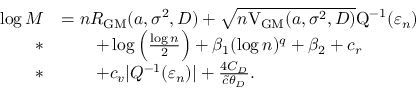
\begin{array} { r l } { \log M } & { = n R _ { \mathrm { { G M } } } ( a , \sigma ^ { 2 } , D ) + \sqrt { n \mathrm { V } _ { \mathrm { G M } } ( a , \sigma ^ { 2 } , D ) } \mathrm { Q } ^ { - 1 } ( \varepsilon _ { n } ) } \\ { * } & { \qquad + \log \Big ( \frac { \log n } { 2 } \Big ) + \beta _ { 1 } ( \log n ) ^ { q } + \beta _ { 2 } + c _ { r } } \\ { * } & { \qquad + c _ { v } | Q ^ { - 1 } ( \varepsilon _ { n } ) | + \frac { 4 C _ { D } } { \tilde { c } \theta _ { D } } . } \end{array}